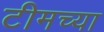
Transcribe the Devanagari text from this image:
टीमच्या